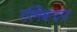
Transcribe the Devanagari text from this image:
रश्मिश्चन्द्रमा